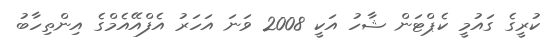
ކުރީގެ ގައުމީ ކެޕްޓަން ޝާހު އަކީ 2008 ވަނަ އަހަރު އެފްއޭއެމްގެ އިންތިހާބު